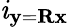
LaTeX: \mathit{i}_{\textbf{{y}}=\textbf{{R}}\textbf{{x}}}